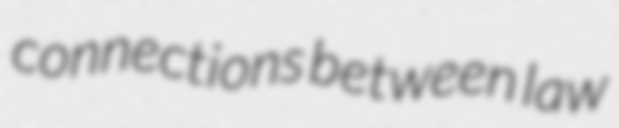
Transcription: connections between law